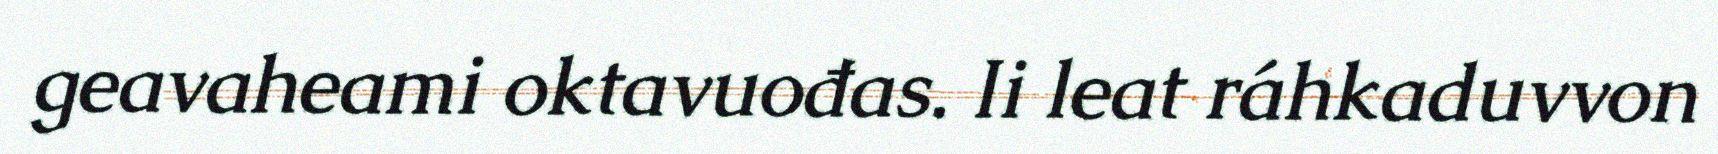
geavaheami oktavuođas. Ii leat ráhkaduvvon